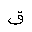
Letter: _qaf